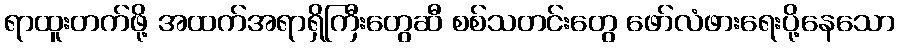
ရာထူးတက်ဖို့ အထက်အရာရှိကြီးတွေဆီ စစ်သတင်းတွေ ဖော်လံဖားရေးပို့နေသော